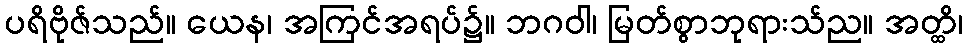
ပရိဗိုဇ်သည်။ ယေန၊ အကြင်အရပ်၌။ ဘဂဝါ၊ မြတ်စွာဘုရားသ်ည။ အတ္ထိ၊